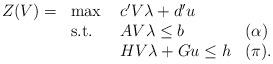
LaTeX: \begin{align*}\begin{array}{llll}Z(V) = & \max \ & c'V \lambda + d'u & \\& \mbox{s.t.} \ & A V \lambda \leq b & (\alpha) \\&& H V \lambda + G u \leq h & (\pi).\end{array}\end{align*}